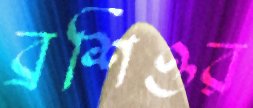
ব্রশিওর